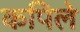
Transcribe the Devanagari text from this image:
कपिले